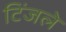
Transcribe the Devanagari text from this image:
टिंजले